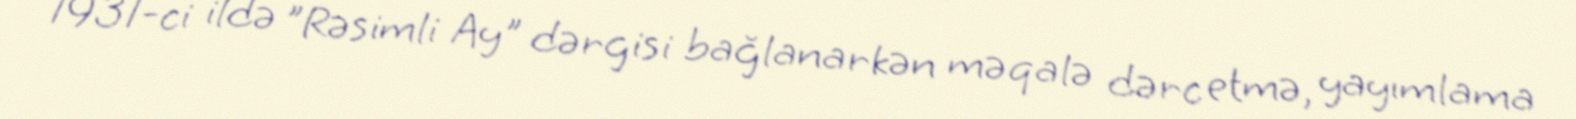
1931-ci ildə "Rəsimli Ay" dərgisi bağlanarkən məqalə dərc etmə, yayımlama